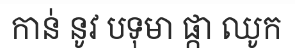
កាន់ នូវ បទុមា ផ្កា ឈូក